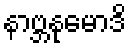
နာဗ္ဘနုမောဒိ